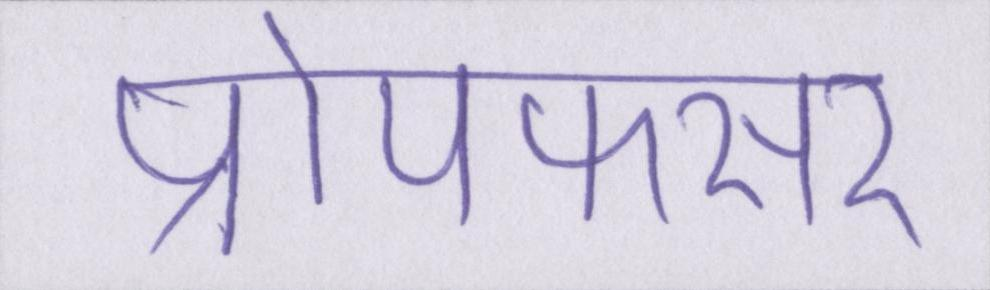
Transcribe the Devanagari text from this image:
प्रोपफेसर